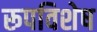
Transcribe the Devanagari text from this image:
रूपविशेष